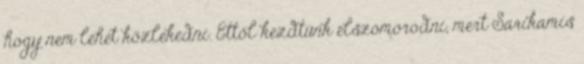
hogy nem lehet közlekedni. Ettől kezdtünk elszomorodni, mert Sarikamis